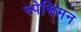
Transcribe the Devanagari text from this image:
स्पेसिमन